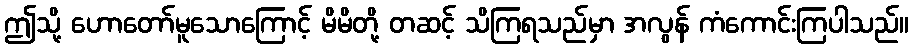
ဤသို့ ဟောတော်မူသောကြောင့် မိမိတို့ တဆင့် သိကြရသည်မှာ အလွန် ကံကောင်းကြပါသည်။